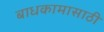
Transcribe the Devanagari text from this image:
बाधकामासाठी